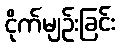
ငိုက်မျဉ်းခြင်း